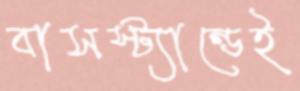
বাসস্ট্যান্ডেই